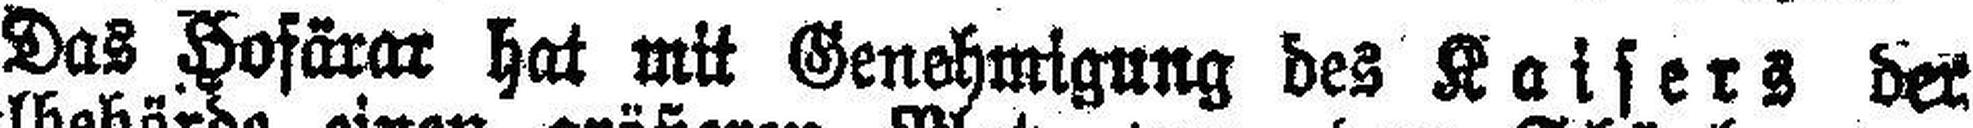
Das Hofärar hat mit Genehmigung des Kaisers der